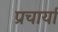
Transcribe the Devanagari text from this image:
प्रचार्या